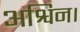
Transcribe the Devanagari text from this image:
अश्विन।